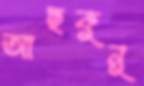
আছকুনু